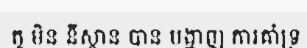
តូ មិន នីស្ថាន បាន បង្ហាញ ការគាំទ្រ